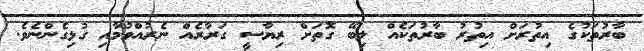
ބާރުތަކުގެ އިތުރަށް އިތުރު ބާރުތަކެއް ލިބޭ ގޮތަށް ރިޔާސީ ގަރާރެއް ނެރުއްވުމާއި ގުޅިގެންނެވެ.